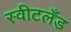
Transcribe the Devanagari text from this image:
स्वीटलँड